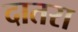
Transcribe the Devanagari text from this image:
दातरा